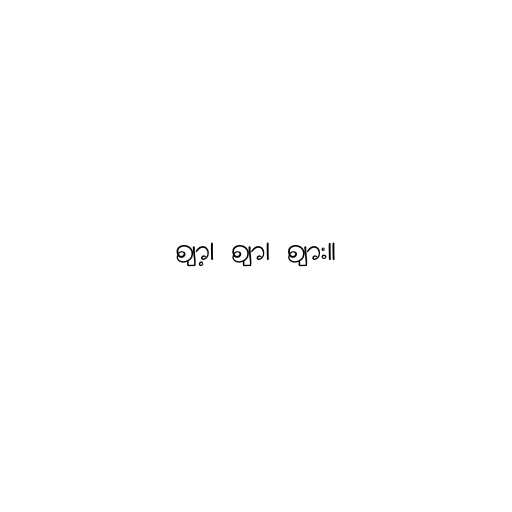
ဈာ့၊ ဈာ၊ ဈား။